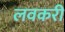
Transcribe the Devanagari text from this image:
लवकरी